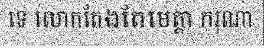
ទេ លោកតែងតែមេត្តា ករុណា